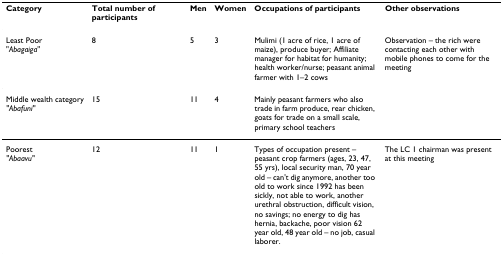
| Category | Total number of participants | Men | Women | Occupations of participants | Other observations |
 | --- | --- | --- | --- | --- | --- |
 | Least Poor"Abagaiga" | 8 | 5 | 3 | Mulimi (1 acre of rice, 1 acre of maize), produce buyer; Affiliate manager for habitat for humanity; health worker/nurse; peasant animal farmer with 1–2 cows | Observation – the rich were contacting each other with mobile phones to come for the meeting |
 | Middle wealth category"Abafuni" | 15 | 11 | 4 | Mainly peasant farmers who also trade in farm produce, rear chicken, goats for trade on a small scale, primary school teachers |  |
 | Poorest"Abaavu" | 12 | 11 | 1 | Types of occupation present – peasant crop farmers (ages, 23, 47, 55 yrs), local security man, 70 year old – can't dig anymore, another too old to work since 1992 has been sickly, not able to work, another urethral obstruction, difficult vision, no savings; no energy to dig has hernia, backache, poor vision 62 year old, 48 year old – no job, casual laborer. | The LC 1 chairman was present at this meeting |